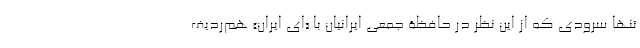
تنها سرودی که از این نظر در حافظۀ جمعی ایرانیان با «ای ایران» هم‌ردیف